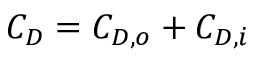
C _ { D } = C _ { D , o } + C _ { D , i }